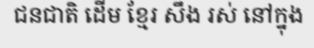
ជនជាតិ ដើម ខ្មែរ សឹង រស់ នៅក្នុង